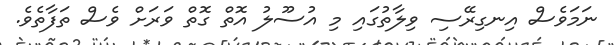
ނަމަވެސް އިނގިރޭސި ވިލާތުގައި މި އުސޫލު އޮތް ގޮތް ވަރަށް ވެސް ތަފާތެވެ.